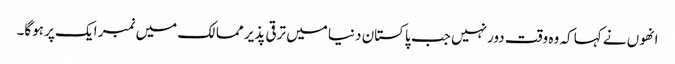
انھوں نے کہا کہ وہ وقت دور نہیں جب پاکستان دنیا میں ترقی پذیر ممالک میں نمبر ایک پر ہوگا۔